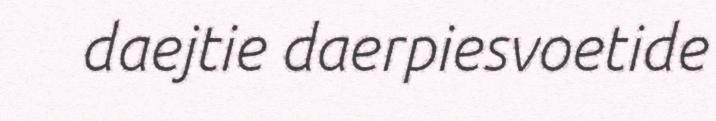
daejtie daerpiesvoetide